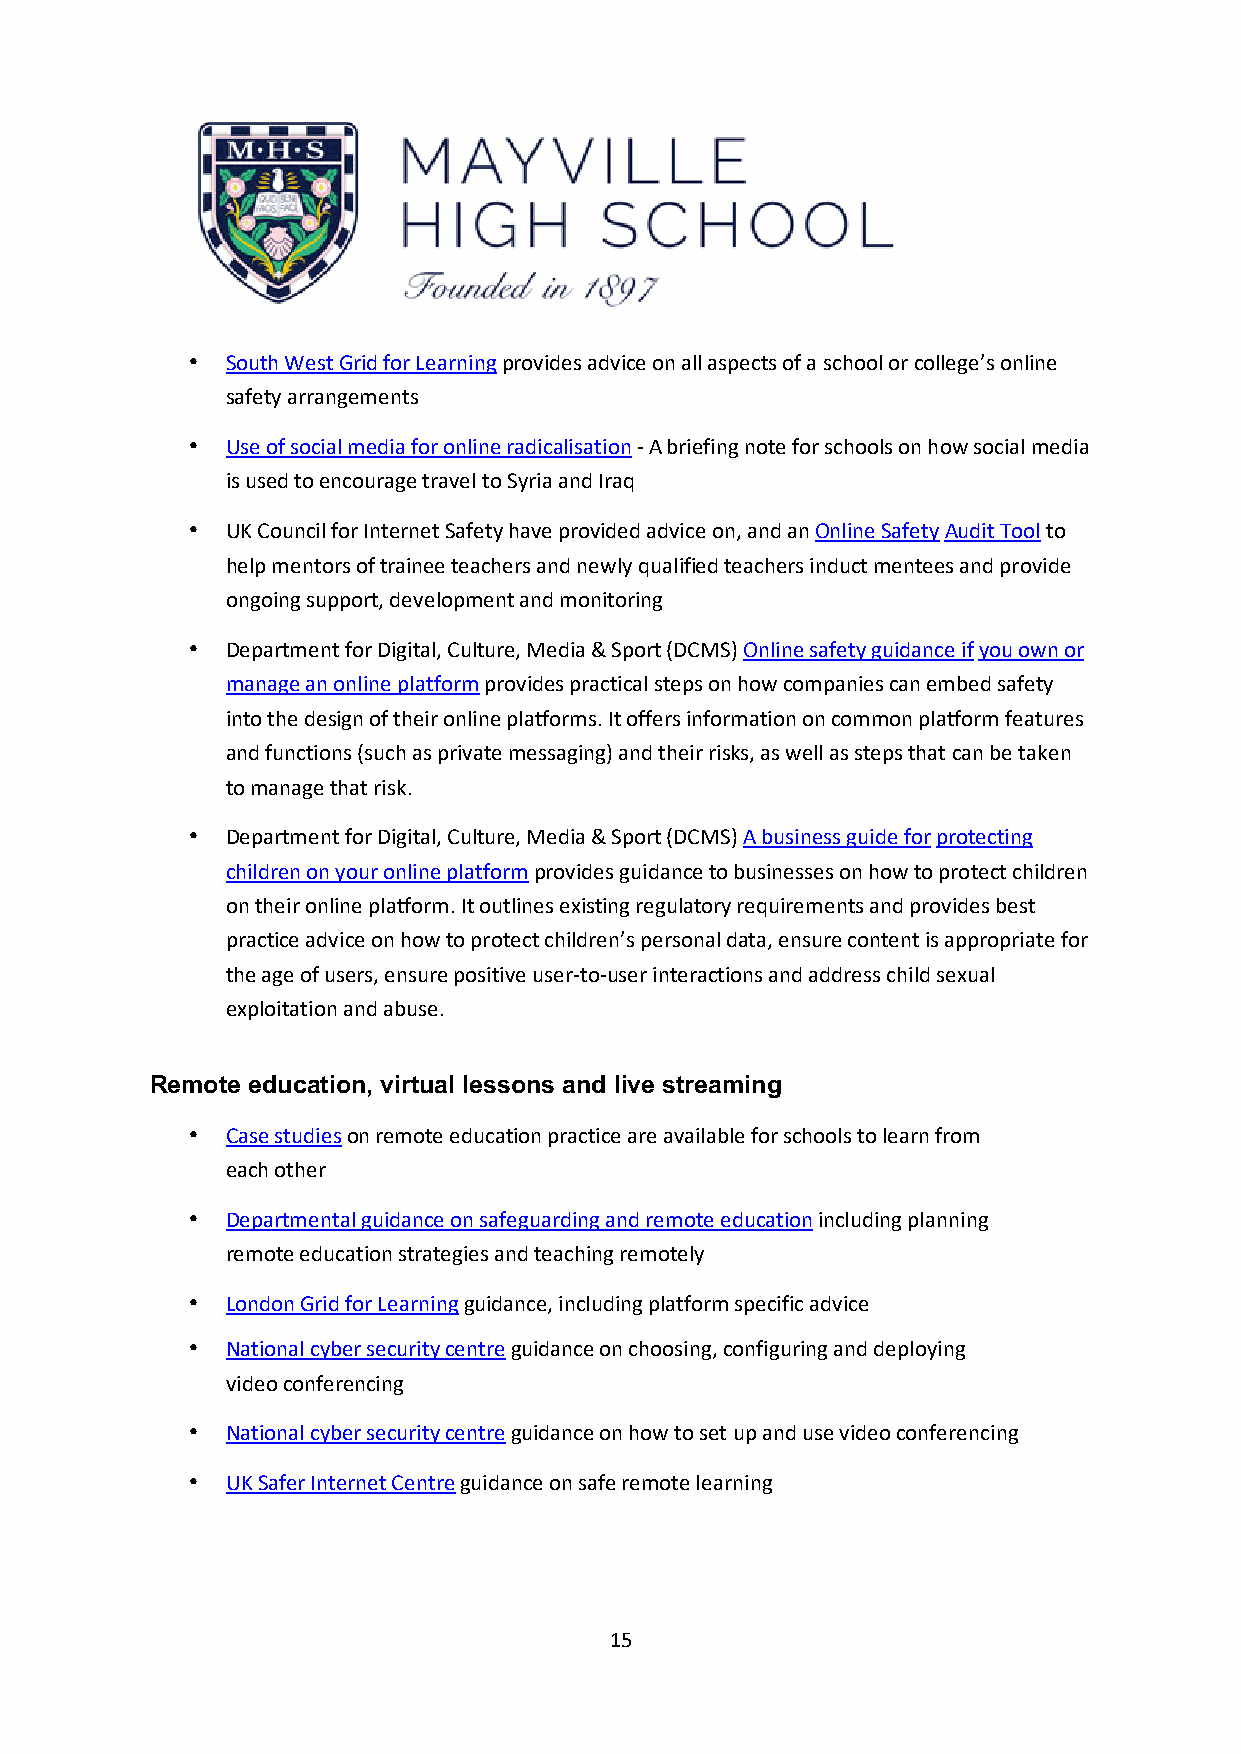
•  South West Grid for Learning provides advice on all aspects of a school or college’s online
 safety arrangements
 •  Use of social media for online radicalisation - A briefing note for schools on how social media
 is used to encourage travel to Syria and Iraq
 •  UK Council for Internet Safety have provided advice on, and an Online Safety Audit Tool to
 help mentors of trainee teachers and newly qualified teachers induct mentees and provide
 ongoing support, development and monitoring
 •  Department for Digital, Culture, Media & Sport (DCMS) Online safety guidance if you own or
 manage an online platform provides practical steps on how companies can embed safety
 into the design of their online platforms. It offers information on common platform features
 and functions (such as private messaging) and their risks, as well as steps that can be taken
 to manage that risk.
 •  Department for Digital, Culture, Media & Sport (DCMS) A business guide for protecting
 children on your online platform provides guidance to businesses on how to protect children
 on their online platform. It outlines existing regulatory requirements and provides best
 practice advice on how to protect children’s personal data, ensure content is appropriate for
 the age of users, ensure positive user-to-user interactions and address child sexual
 exploitation and abuse.
 Remote education, virtual lessons and live streaming
 •  Case studies on remote education practice are available for schools to learn from
 each other
 •  Departmental guidance on safeguarding and remote education including planning
 remote education strategies and teaching remotely
 •  London Grid for Learning guidance, including platform specific advice
 •  National cyber security centre guidance on choosing, configuring and deploying
 video conferencing
 •  National cyber security centre guidance on how to set up and use video conferencing
 •  UK Safer Internet Centre guidance on safe remote learning
 15